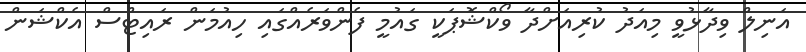
އަނިލް ވިދާޅުވީ މިއަދު ކުރިއަށްދާ ވޯކްޝޮޕަކީ ގައުމީ ފެންވަރެއްގައި ހިއުމަން ރައިޓްސް އެކްޝަން